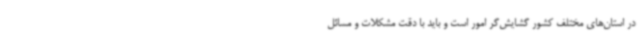
در استان‌های مختلف کشور گشایش‌گر امور است و باید با دقت مشکلات و مسائل